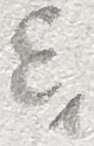
Text: E1